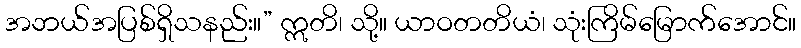
အဘယ်အပြစ်ရှိသနည်း။” ဣတိ၊ သို့။ ယာဝတတိယံ၊ သုံးကြိမ်မြောက်အောင်။